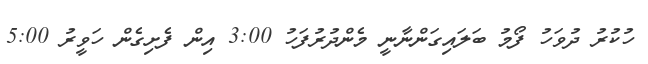
ހުކުރު ދުވަހު ފޯމު ބަލައިގަންނާނީ މެންދުރުފަހު 3:00 އިން ފެށިގެން ހަވީރު 5:00